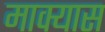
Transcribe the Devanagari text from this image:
माक्यास